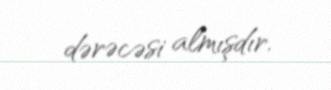
dərəcəsi almışdır.